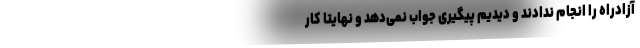
آزادراه را انجام ندادند و دیدیم پیگیری جواب نمی‌دهد و نهایتاً کار